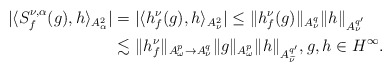
\begin{align*}|\langle S_{f}^{\nu,\alpha}(g),h\rangle_{A_{\alpha}^{2}}|&=|\langle h_{f}^{\nu}(g),h\rangle_{A_{\nu}^{2}}|\le\| h_{f}^{\nu}(g)\|_{A_{\nu}^{q}}\|h\|_{A_{\nu}^{q'}}\\&\lesssim \|h_{f}^{\nu}\|_{A_{\omega}^{p}\to A_{\nu}^{q}}\|g\|_{A_{\omega}^{p}}\|h\|_{A_{\widetilde{\nu}}^{q'}},g,h\in H^\infty.\end{align*}